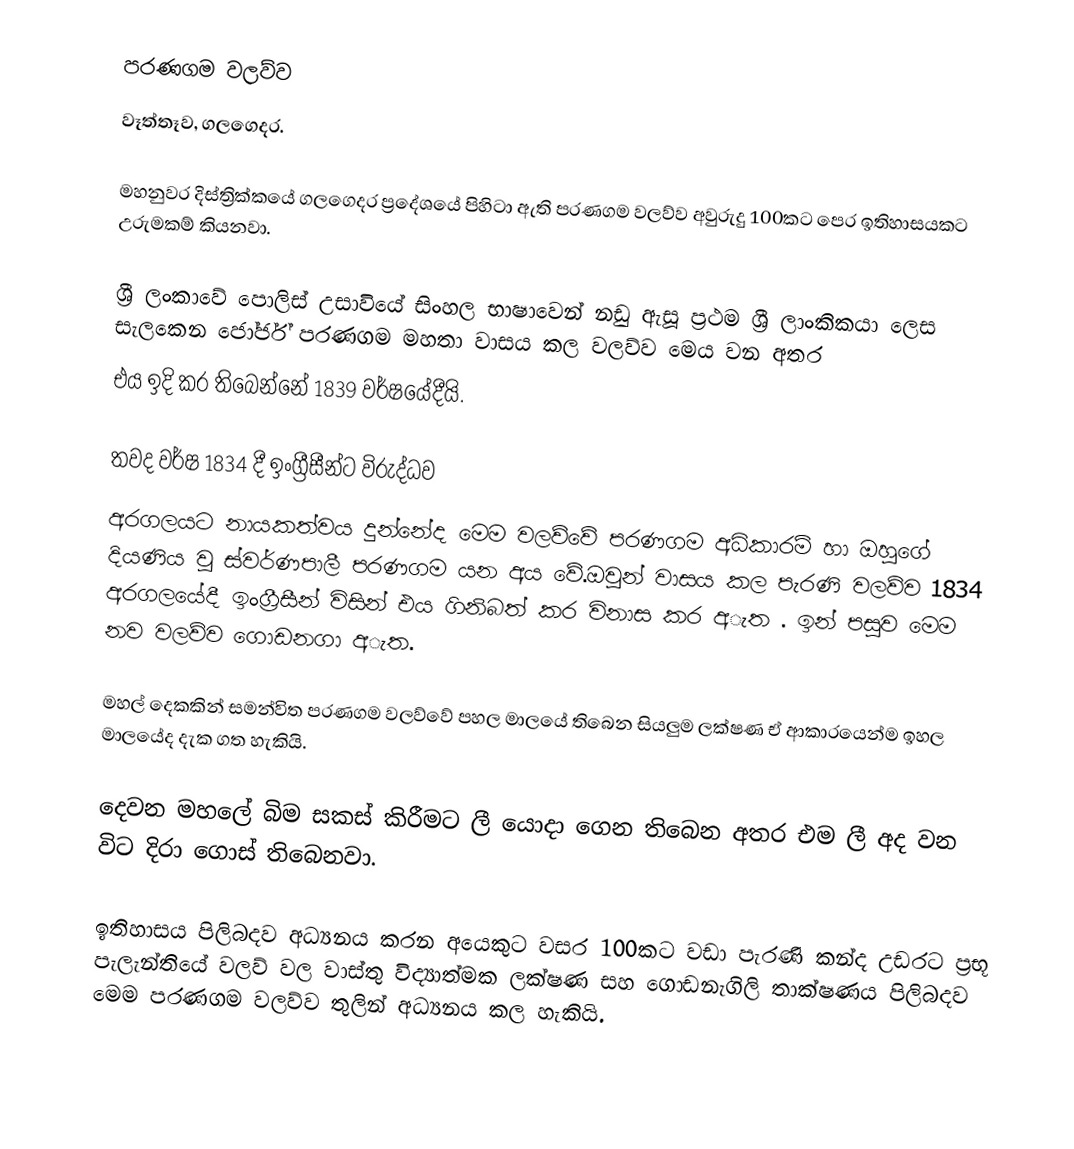
පරණගම වලව්ව
  වෑත්තෑව, ගලගෙදර.

මහනුවර දිස්ත්‍රික්කයේ ගලගෙදර ප්‍රදේශයේ පිහිටා ඇති පරණගම වලව්ව අවුරුදු 100කට පෙර ඉතිහාසයකට උරුමකම් කියනවා.

ශ්‍රී ලංකාවේ පොලිස් උසාවියේ සිංහල භාෂාවෙන් නඩු ඇසූ ප්‍රථම ශ්‍රී ලාංකිකයා ලෙස සැලකෙන ජෝර්ජ් පරණගම මහතා වාසය කල වලව්ව මෙය වන අතර
එය ඉදි කර තිබෙන්නේ 1839 වර්ෂයේදීයි.

තවද වර්ෂ 1834 දී ඉංග්‍රීසීන්ට විරුද්ධව
අරගලයට නායකත්වය දුන්නේද මෙම වලව්වේ පරණගම අධිකාරම් හා ඔහුගේ දියණිය වූ ස්වර්ණපාලී පරණගම යන අය වේ.ඔවුන් වාසය කල පැරණි වලව්ව  1834 අරගලයේදී ඉංග්‍රීසීන් විසින් එය ගිනිබත් කර විනාස කර අැත . ඉන් පසුව මෙම නව වලව්ව ගොඩනගා අැත.

මහල් දෙකකින් සමන්විත පරණගම වලව්වේ පහල මාලයේ තිබෙන සියලුම ලක්ෂණ ඒ ආකාරයෙන්ම ඉහල මාලයේද දැක ගත හැකියි.

දෙවන මහලේ බිම සකස් කිරීමට ලී යොදා ගෙන තිබෙන අතර එම ලී අද වන විට දිරා ගොස් තිබෙනවා.

ඉතිහාසය පිලිබදව අධ්‍යනය කරන අයෙකුට වසර 100කට වඩා පැරණි කන්ද උඩරට ප්‍රභූ  පැලැන්තියේ වලව් වල වාස්තු විද්‍යාත්මක ලක්ෂණ සහ ගොඩනැගිලි තාක්ෂණය පිලිබදව මෙම පරණගම වලව්ව තුලින් අධ්‍යනය කල හැකියි.